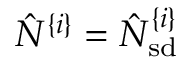
\hat { N } ^ { \{ i \} } = \hat { N } _ { \mathrm { s d } } ^ { \{ i \} }